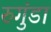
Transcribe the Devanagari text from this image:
रुगुंडा